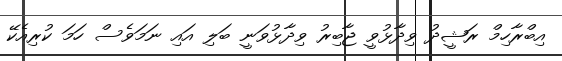
އިބްރާހިމް ރަޝީދު ވިދާޅުވީ ޖާބިރު ވިދާޅުވަނީ ބަލި އައި ނަމަވެސް ހަމަ ކުރިއެކޭ